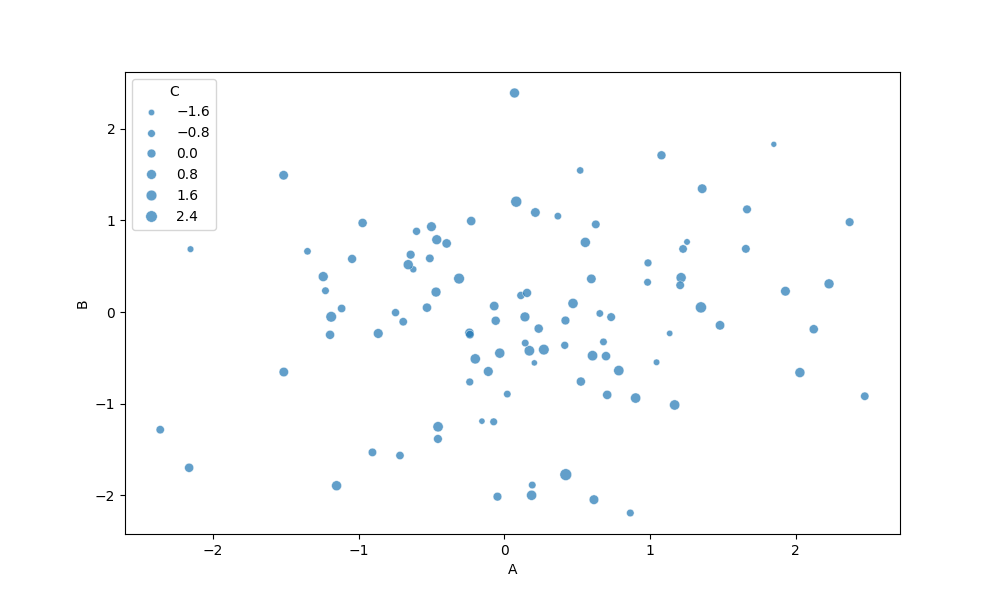
python, seaborn, scatterplot, hue='None', style='None', size='C', palette='deep', alpha=0.7